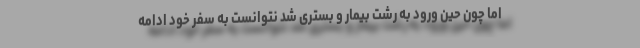
اما چون حین ورود به رشت بیمار و بستری شد نتوانست به سفر خود ادامه